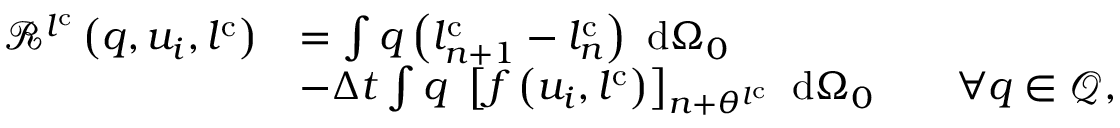
\begin{array} { r l } { \mathscr { R } ^ { l ^ { \mathrm { c } } } \left( q , u _ { i } , l ^ { \mathrm { c } } \right) } & { = \int q \left( l _ { n + 1 } ^ { \mathrm { c } } - l _ { n } ^ { \mathrm { c } } \right) \ \mathrm { d } { \Omega _ { 0 } } } \\ & { - \Delta t \int q \ \left[ f \left( u _ { i } , l ^ { \mathrm { c } } \right) \right] _ { n + \theta ^ { l ^ { \mathrm { c } } } } \ \mathrm { d } { \Omega _ { 0 } } \qquad \forall q \in { \mathcal { Q } } , } \end{array}